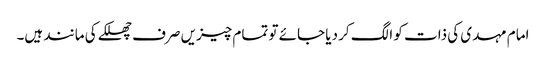
امام مہدی کی ذات کو الگ کر دیا جائے تو تمام چیزیں صرف چھلکے کی مانند ہیں۔